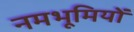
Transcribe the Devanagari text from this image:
नमभूमियों